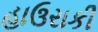
હાઉરાકી